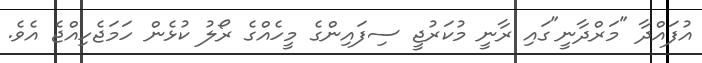
އުފައްދާ "މަރްދާނީ"ގައި ރާނީ މުކަރުޖީ ސިފައިންގެ މީހެއްގެ ރޯލު ކުޅެން ހަމަޖެހިއްޖެ އެވެ.